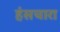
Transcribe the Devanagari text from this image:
हंसचारा